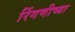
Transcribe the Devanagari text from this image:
रिंगणीच्या